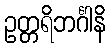
ဥတ္တရိဘင်္ဂါနိ